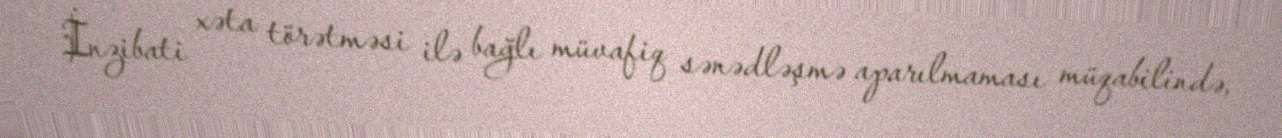
İnzibati xəta törətməsi ilə bağlı müvafiq sənədləşmə aparılmaması müqabilində,